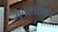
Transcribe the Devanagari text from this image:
पुनस्संस्थान